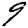
Digit: 9